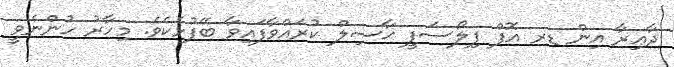
ދާޢިރާ އިން ޑރ އޮފް ފިލޯސަފީ ޙާޞިލް ކުރައްވާފައިވާ ބޭފުޅެކެވެ. މިހާރު ހުންނެވީ